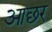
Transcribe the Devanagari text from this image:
आछर